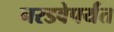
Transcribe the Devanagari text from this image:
नरडवेपर्यंत